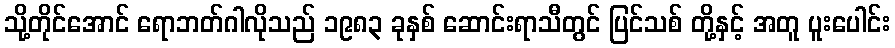
သို့တိုင်အောင် ရောဘတ်ဂါလိုသည် ၁၉၈၃ ခုနှစ် ဆောင်းရာသီတွင် ပြင်သစ် တို့နှင့် အတူ ပူးပေါင်း